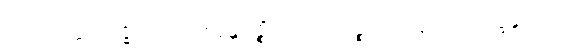
ကထာဝတ္ထုဝိသုဒ္ဓိယာ ဝေဝစနန္တိ မုဉ္စိံသု ဝိညာဏဉ္စာယတနတော ပက္ခန္တရမာဟ